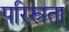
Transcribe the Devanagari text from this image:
परिस्रुता